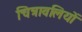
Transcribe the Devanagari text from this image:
चित्रावलियों